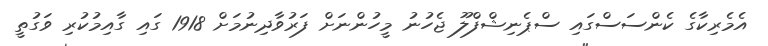
އެމެރިކާގެ ކެންސަސްގައި ސްޕެނިޝްފްލޫ ޖެހުނު މީހުންނަށް ފަރުވާދިނުމަށް 1918 ގައި ގާއިމުކުރި ވަގުތީ